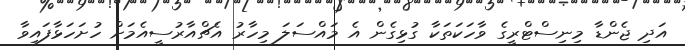
އަދި ޖެންޑާ މިނިސްޓްރީގެ ވާހަކަތަކާ ގުޅިގެން އެ މައްސަލަ މިހާރު އެޗްއާރުސީއެމަށް ހުށަހަޅާފައިވާ